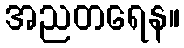
အညတရေန။